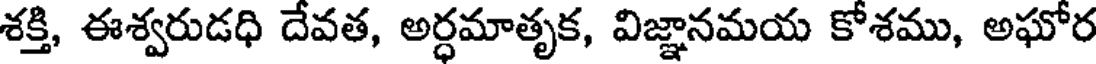
శక్తి, ఈశ్వరుడధి దేవత, అర్ధమాతృక, విజ్ఞానమయ కోశము, అఘోర